Report on the Nagpur School of Medicine, Central Provinces
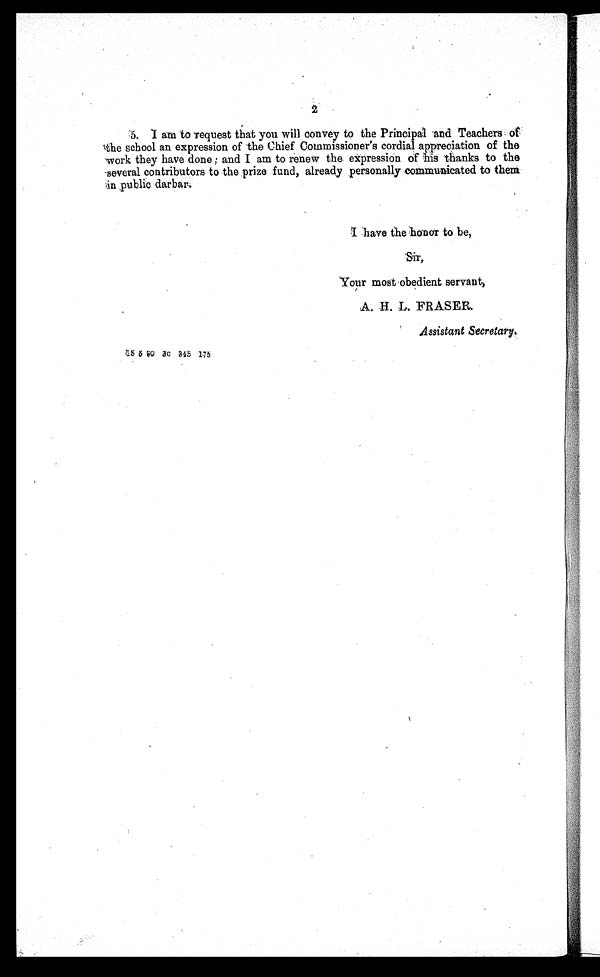
2
6. I am to request that you will convey to the Principal and Teachers of
the school an expression of the Chief Commissioner's cordial appreciation of the
work they have done; and I am to renew the expression of his thanks to the
several contributors to the prize fund, already personally communicated to them
in public darbar.
I have the : honor to be,
Sir,
Your most obedient servant)
A. H. L. FRASER.
Assistant Secretary
15 5 30 3c 345 175